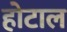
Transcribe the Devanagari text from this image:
होटाल